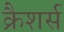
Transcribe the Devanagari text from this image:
क्रैशर्स